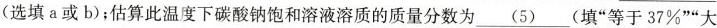
(选填a或b)；估算此温度下碳酸钠饱和溶液溶质的质量分数为\underline{(5)}(填”等于37%””大